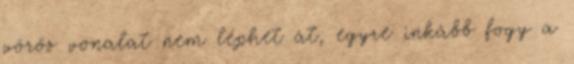
vörös vonalat nem léphet át, egyre inkább fogy a